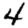
Digit: 4